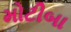
મોટીબા